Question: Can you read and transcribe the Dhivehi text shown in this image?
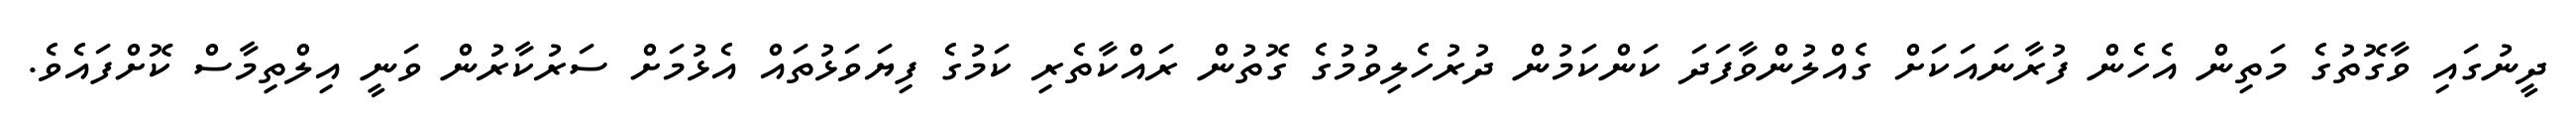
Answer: ދީނުގައި ވާގޮތުގެ މަތިން އެހެން ފުރާނައަކަށް ގެއްލުންވާފަދަ ކަންކަމުން ދުރުހެލިވުމުގެ ގޮތުން ރައްކާތެރި ކަމުގެ ފިޔަވަޅުތައް އެޅުމަށް ސަރުކާރުން ވަނީ އިލްތިމާސް ކޮށްފައެވެ.